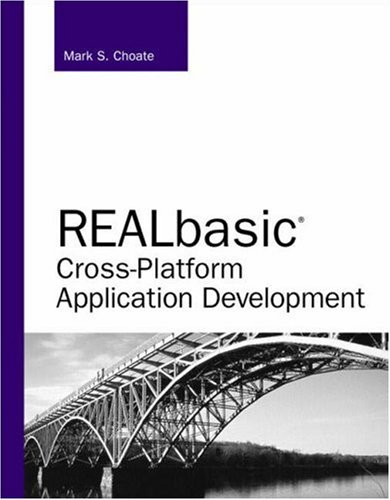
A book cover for REALbasic Cross-Platform Application Development; Mark S. Choate; Computers & Technology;